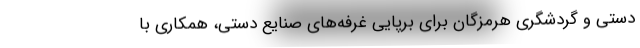
دستی و گردشگری هرمزگان برای برپایی غرفه‌های صنایع دستی، همکاری با